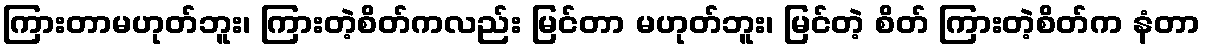
ကြားတာမဟုတ်ဘူး၊ ကြားတဲ့စိတ်ကလည်း မြင်တာ မဟုတ်ဘူး၊ မြင်တဲ့ စိတ် ကြားတဲ့စိတ်က နံတာ